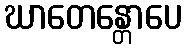
ဃာတေန္တောပေ